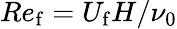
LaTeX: Re_{\mathrm{f}}=U_{\mathrm{f}}H/\nu_{0}